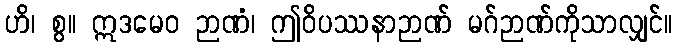
ဟိ၊ စွ။ ဣဒမေဝ ဉာဏံ၊ ဤဝိပဿနာဉာဏ် မဂ်ဉာဏ်ကိုသာလျှင်။